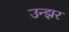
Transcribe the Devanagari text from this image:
उन्झर